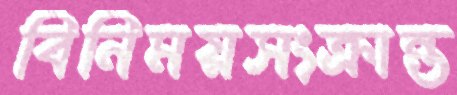
বিনিময়সংক্রান্ত